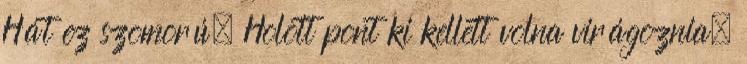
Hát ez szomorú. Holott pont ki kellett volna virágoznia,